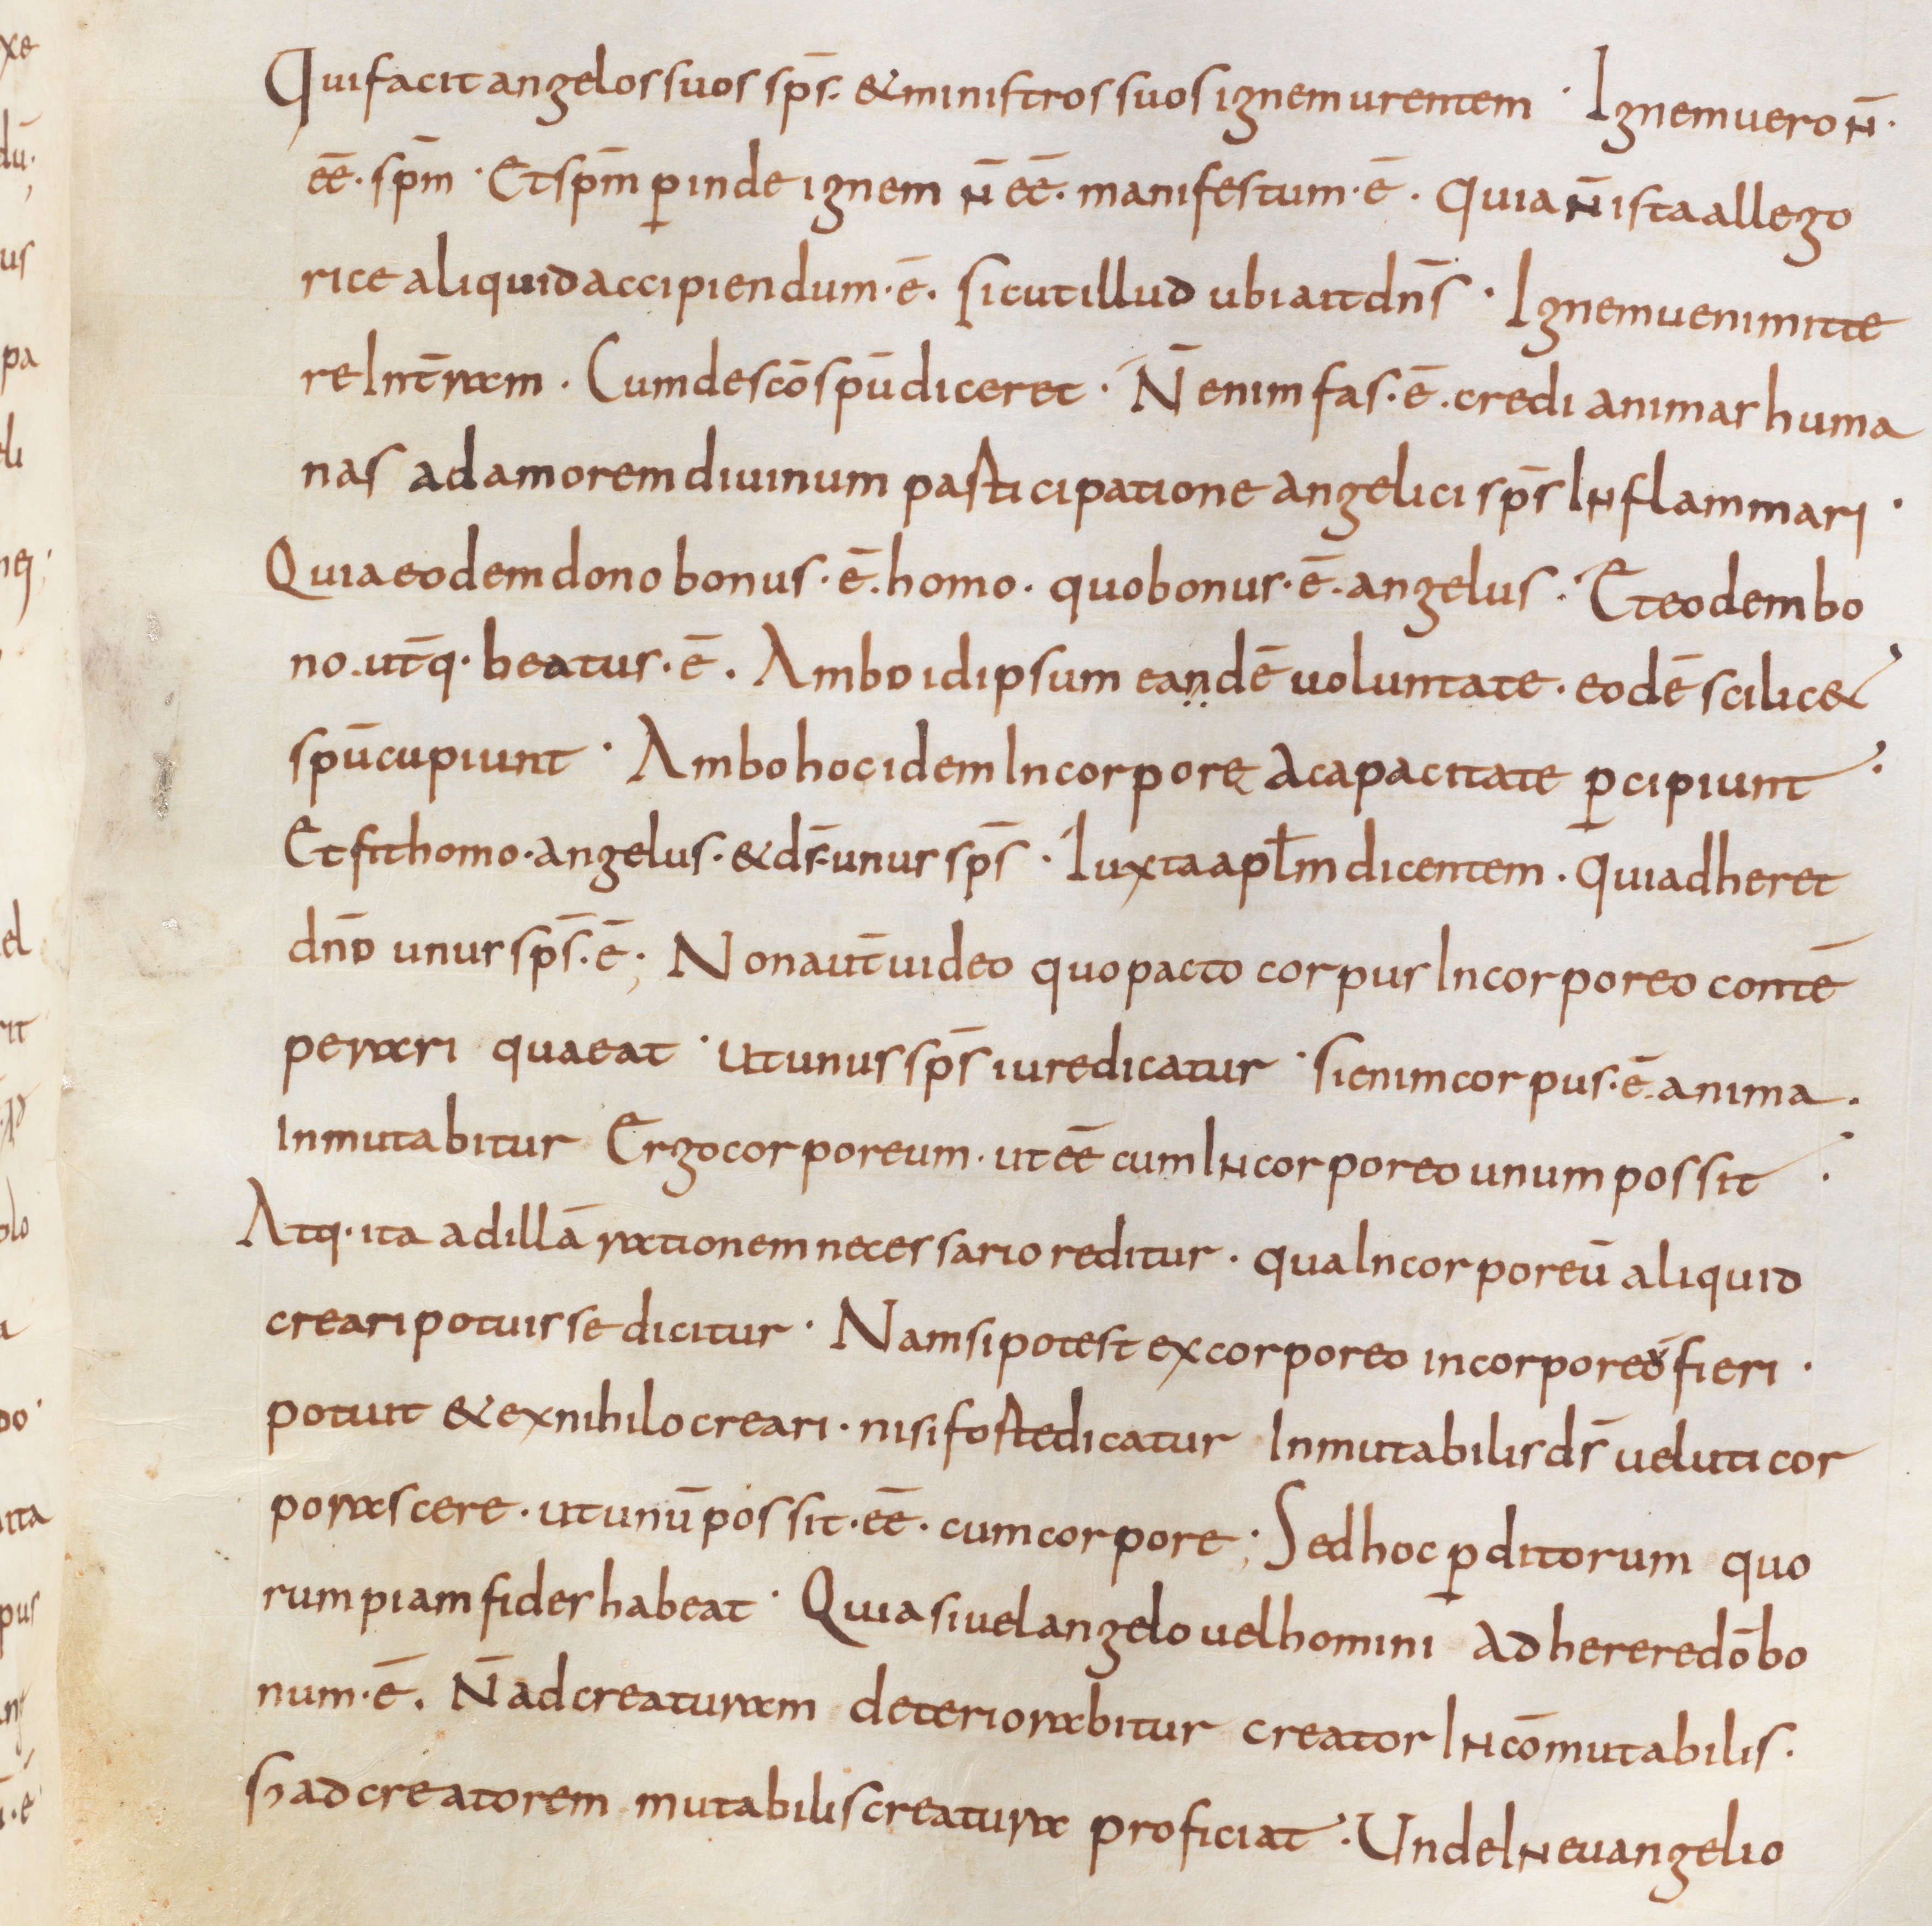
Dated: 850–874